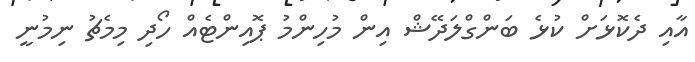
އާއި ދެކޮޅަށް ކުޅެ ބަންގްލަދޭޝް އިން މުހިންމު ޕޮއިންޓެއް ހޯދި މިމެޗު ނިމުނީ